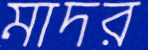
মাদর